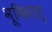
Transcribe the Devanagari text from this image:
भूमिसात्